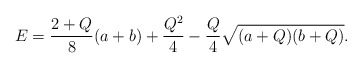
\begin{align*}E=\frac{2+Q}{8}(a+b)+\frac{Q^2}{4}-\frac{Q}{4}\sqrt{(a+Q)(b+Q)}.\end{align*}